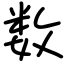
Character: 数